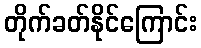
တိုက်ခတ်နိုင်ကြောင်း